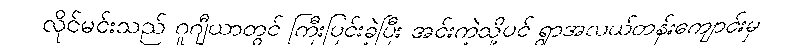
လိုင်မင်းသည် ဂူဂျီယာတွင် ကြီးပြင်းခဲ့ပြီး အင်းကဲ့သို့ပင် ရွာအလယ်တန်းကျောင်းမှ